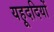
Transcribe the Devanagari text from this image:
यहूददियों